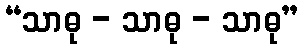
“သာဓု - သာဓု - သာဓု”